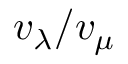
v _ { \lambda } / v _ { \mu }